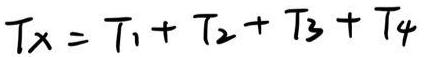
$T_x = T_1 + T_2 + T_3 + T_4$